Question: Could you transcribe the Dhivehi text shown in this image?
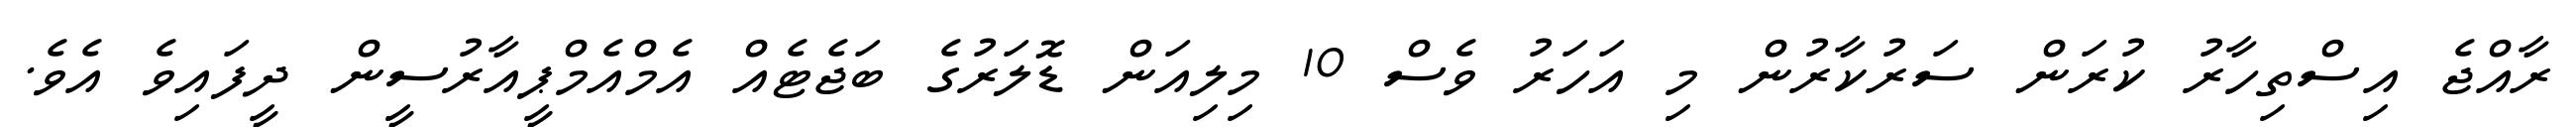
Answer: ރާއްޖެ އިސްތިހާރު ކުރަން ސަރުކާރުން މި އަހަރު ވެސް 10 މިލިއަން ޑޮލަރުގެ ބަޖެޓެއް އެމްއެމްޕީއާރުސީން ދީފައިވެ އެވެ.